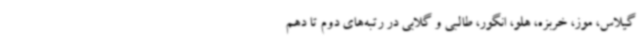
گیلاس، موز، خربزه، هلو، انگور، طالبی و گلابی در رتبه‌های دوم تا دهم